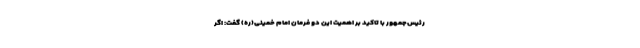
رئیس‌جمهور با تاکید بر اهمیت این دو فرمان امام خمینی(ره) گفت: اگر